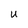
Character: U